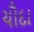
ચૌદા